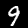
Digit: 9